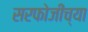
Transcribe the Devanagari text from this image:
सरफोजींच्या